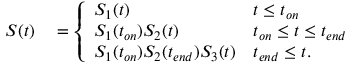
\begin{array} { r l } { S ( t ) } & { { } = \left\{ \begin{array} { l l } { S _ { 1 } ( t ) } & { t \leq t _ { o n } } \\ { S _ { 1 } ( t _ { o n } ) S _ { 2 } ( t ) } & { t _ { o n } \leq t \leq t _ { e n d } } \\ { S _ { 1 } ( t _ { o n } ) S _ { 2 } ( t _ { e n d } ) S _ { 3 } ( t ) } & { t _ { e n d } \leq t . } \end{array} \right. } \end{array}